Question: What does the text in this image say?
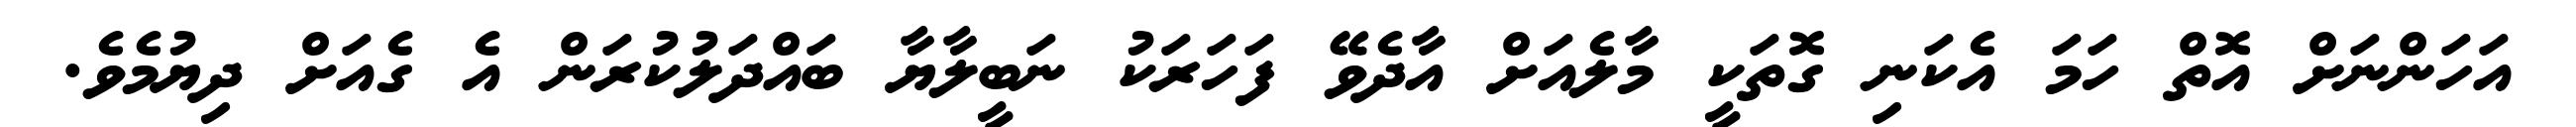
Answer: އަހަންނަށް އޮތް ހަމަ އެކަނި ގޮތަކީ މާލެއަށް އާދެވޭ ފަހަރަކު ނަބީލާޔާ ބައްދަލުކުރަން އެ ގެއަށް ދިޔުމެވެ.